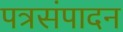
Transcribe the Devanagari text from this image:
पत्रसंपादन